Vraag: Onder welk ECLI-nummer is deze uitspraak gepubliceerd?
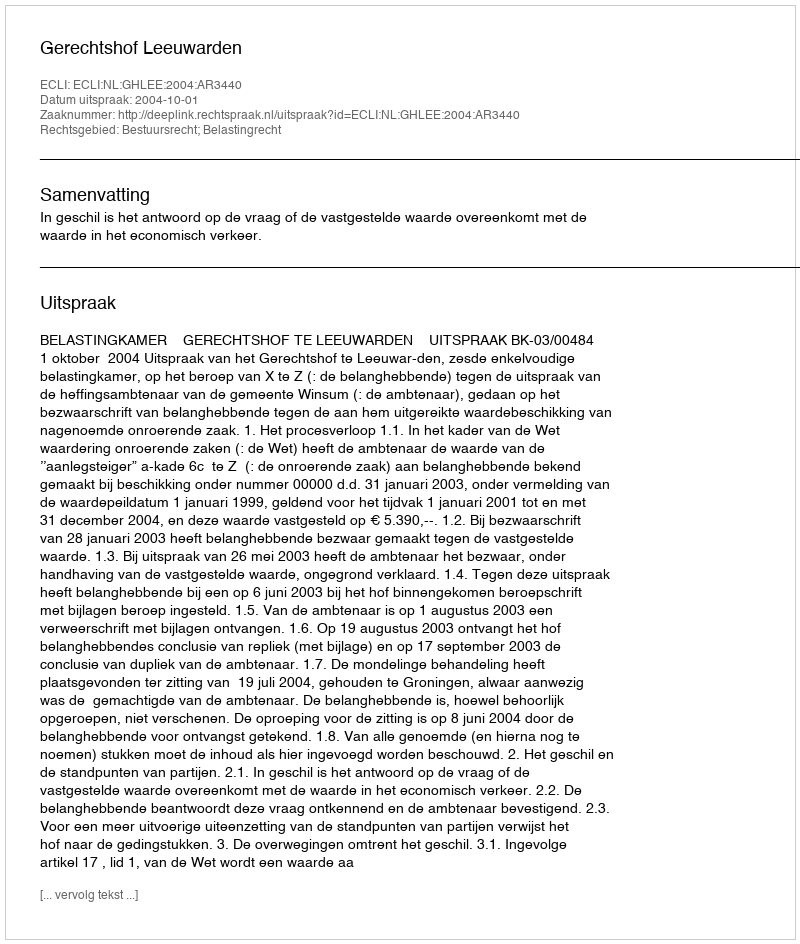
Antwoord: ECLI:NL:GHLEE:2004:AR3440